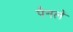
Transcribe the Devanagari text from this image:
पैनलें